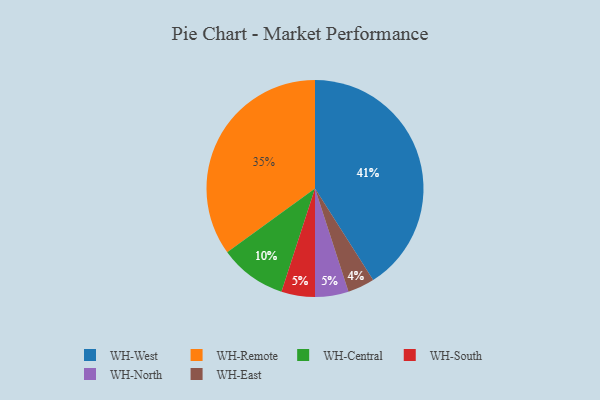
{"axis": {"x": "Category", "y": "Percentage"}, "legend": ["WH-Central", "WH-East", "WH-North", "WH-Remote", "WH-South", "WH-West"], "data": [{"x": "WH-West", "y": 41, "type": "WH-West"}, {"x": "WH-Central", "y": 10, "type": "WH-Central"}, {"x": "WH-South", "y": 5, "type": "WH-South"}, {"x": "WH-Remote", "y": 35, "type": "WH-Remote"}, {"x": "WH-East", "y": 4, "type": "WH-East"}, {"x": "WH-North", "y": 5, "type": "WH-North"}]}